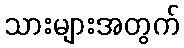
သားများအတွက်